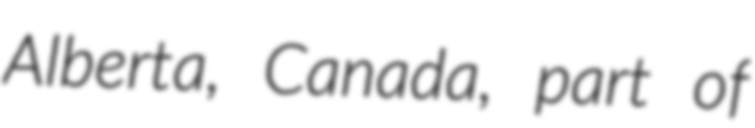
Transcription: Alberta, Canada, part of